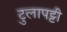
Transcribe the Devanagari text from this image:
टुलापट्टी